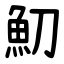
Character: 魛